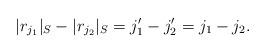
LaTeX: \begin{align*} \lvert r_{j_1} \rvert_S-\lvert r_{j_2} \rvert_S=j_1'-j_2'=j_1-j_2.\end{align*}